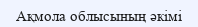
Ақмола облысының әкімі